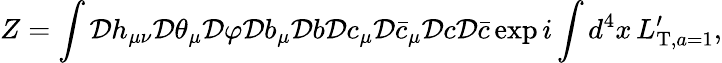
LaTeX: Z=\int{\cal D}h_{\mu\nu}{\cal D}\theta_{\mu}{\cal D}\varphi{\cal D}b_{\mu}{\cal D}b{\cal D}c_{\mu}{\cal D}\bar{c}_{\mu}{\cal D}c{\cal D}\bar{c}\exp i\int d^{4}x\, L_{\mathrm{T},a=1}^{\prime},